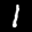
Digit: 1